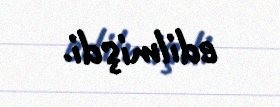
edilmişdi.